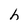
Character: h